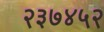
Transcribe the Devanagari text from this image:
२३७४५२